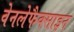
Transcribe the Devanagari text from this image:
वेनलेफैक्साइन